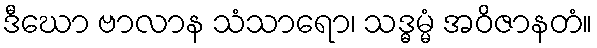
ဒီဃော ဗာလာန သံသာရော၊ သဒ္ဓမ္မံ အဝိဇာနတံ။